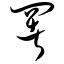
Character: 署